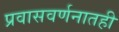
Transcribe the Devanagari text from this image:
प्रवासवर्णनातही